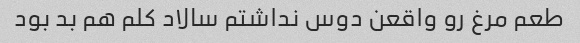
طعم مرغ رو واقعن دوس نداشتم سالاد کلم هم بد بود